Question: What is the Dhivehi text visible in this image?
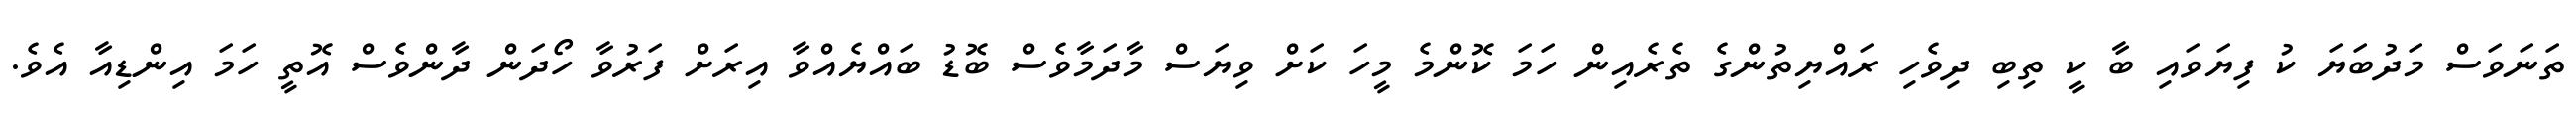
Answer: ތަނަވަސް މަދުބަޔަ ކު ފިޔަވައި ބާ ކީ ތިބި ދިވެހި ރައްޔިތުންގެ ތެރެއިން ހަމަ ކޮންމެ މީހަ ކަށް ވިޔަސް މާދަމާވެސް ބޮޑު ބައްޔެއްވާ އިރަށް ފަރުވާ ހޯދަން ދާންވެސް އޮތީ ހަމަ އިންޑިއާ އެވެ.